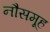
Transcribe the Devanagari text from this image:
नौसमूह